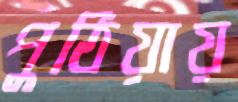
পুঠিয়ায়